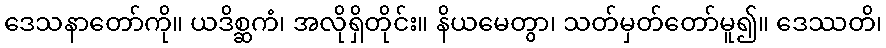
ဒေသနာတော်ကို။ ယဒိစ္ဆကံ၊ အလိုရှိတိုင်း။ နိယမေတွာ၊ သတ်မှတ်တော်မူ၍။ ဒေဿတိ၊